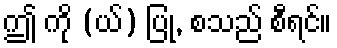
ဤ ကို (ယ်) ပြု, စသည် စီရင်။